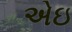
એઇ